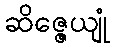
ဆိဇ္ဇေယျုံ